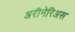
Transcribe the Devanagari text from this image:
अरीनेरिअस